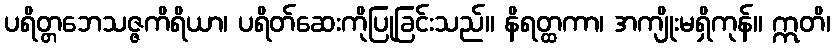
ပရိတ္တဘေသဇ္ဇကိရိယာ၊ ပရိတ်ဆေးကိုပြုခြင်းသည်။ နိရတ္ထကာ၊ အကျိုးမရှိကုန်။ ဣတိ၊